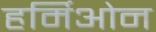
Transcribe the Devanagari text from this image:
हर्मिओन